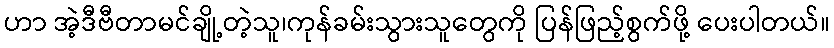
ဟာ အဲ့ဒီဗီတာမင်ချို့တဲ့သူ၊ကုန်ခမ်းသွားသူတွေကို ပြန်ဖြည့်စွက်ဖို့ ပေးပါတယ်။